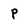
Character: P